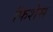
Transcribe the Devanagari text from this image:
फिशेस